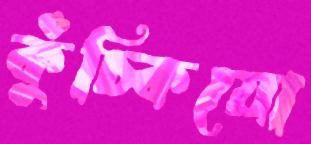
কুঁচ্‌কিয়ো